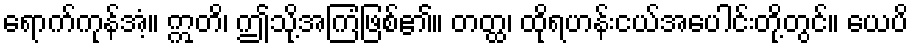
ရောက်ကုန်အံ့။ ဣတိ၊ ဤသို့အကြံဖြစ်၏။ တတ္ထ၊ ထိုရဟန်းငယ်အပေါင်းတို့တွင်။ ယေပိ